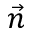
\vec { n }